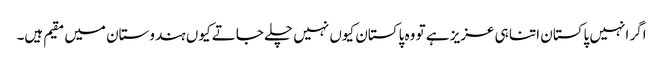
اگر انہیں پاکستان اتنا ہی عزیز ہے تو وہ پاکستان کیوں نہیں چلے جاتے کیوں ہندوستان میں مقیم ہیں۔